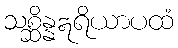
သစ္ဆိန္နဣရိယာပထံ